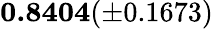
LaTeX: \mathbf{0.8404}(\pm 0.1673)